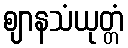
ဈာနသံယုတ္တံ